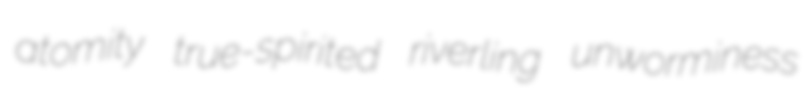
atomity true-spirited riverling unworminess